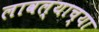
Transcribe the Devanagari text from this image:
लावल्याच्या